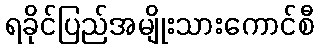
ရခိုင်ပြည်အမျိုးသားကောင်စီ